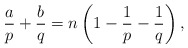
\begin{align*} \frac{a}{p}+\frac{b}{q} = n\left(1-\frac{1}{p}-\frac{1}{q}\right),\end{align*}